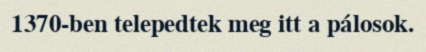
1370-ben telepedtek meg itt a pálosok.